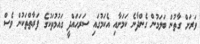
ވަރަށް ގާތުން ބަލަމުން ގެންދާނެ ކަމަށާއި އެކަމުގައި ސަރަހައްދީ ގައުމުތަކުގެ ފަރާތްތަކުން ވެސް